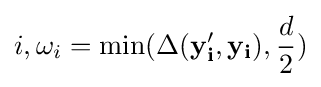
i,\omega _{i}=\min(\Delta (\mathbf {y_{i}'} ,\mathbf {y_{i}} ),{d \over 2})